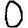
Digit: 0